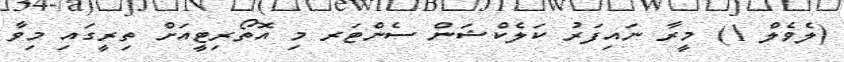
(ލެވެލް 1) މީރާ ނައިފަރު ކަލެކްޝަން ސެންޓަރ މި އޮތޯރިޓީއަށް ތިރީގައި މިވާ